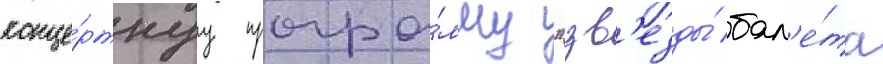
конце́ртнуу програ́мму "зв'езды́ бал'е́та